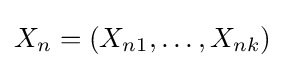
{X}_{n}=(X_{n1},\dots ,X_{nk})